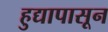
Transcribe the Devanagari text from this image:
हुद्यापासून